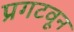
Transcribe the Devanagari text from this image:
प्रगटवून